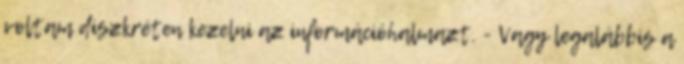
voltam diszkréten kezelni az információhalmazt. - Vagy legalábbis a